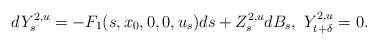
LaTeX: \begin{align*}dY_{s}^{2,u}=-F_{1}(s,x_{0},0,0,u_{s})ds+Z_{s}^{2,u}dB_{s},\ Y_{t+\delta}^{2,u}=0. \end{align*}